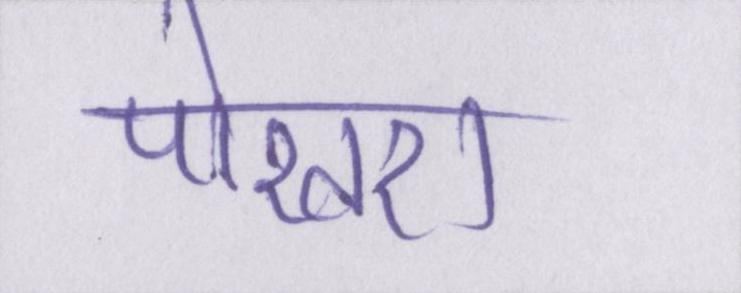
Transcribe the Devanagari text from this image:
पोखरा